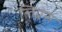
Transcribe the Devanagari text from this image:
लिग्नेस